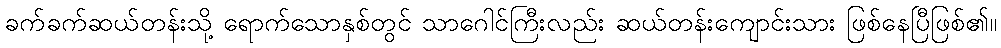
ခက်ခက်ဆယ်တန်းသို့ ရောက်သောနှစ်တွင် သာဂေါင်ကြီးလည်း ဆယ်တန်းကျောင်းသား ဖြစ်နေပြီဖြစ်၏။